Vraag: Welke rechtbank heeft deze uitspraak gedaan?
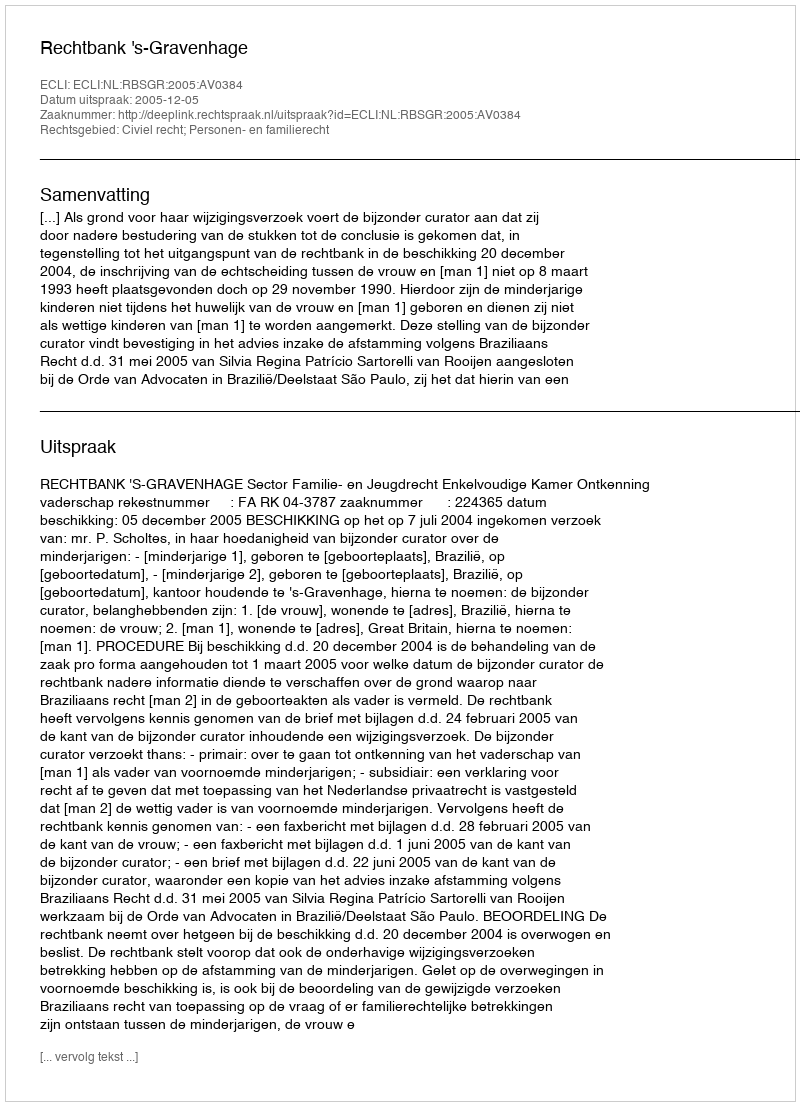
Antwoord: Rechtbank 's-Gravenhage